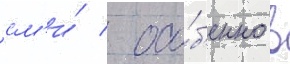
см'и́ / осо́б'енно в